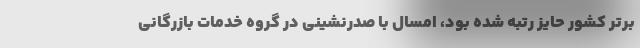
برتر کشور حایز رتبه شده بود، امسال با صدرنشینی در گروه خدمات بازرگانی